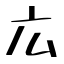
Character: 広